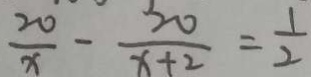
\frac { 2 0 } { x } - \frac { 2 0 } { x + 2 } = \frac { 1 } { 2 }